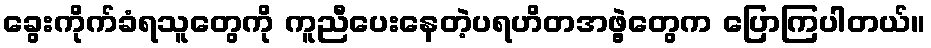
ခွေးကိုက်ခံရသူတွေကို ကူညီပေးနေတဲ့ပရဟိတအဖွဲ့တွေက ပြောကြပါတယ်။